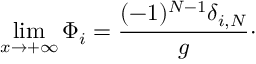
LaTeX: \operatorname * { l i m } _ { x \rightarrow + \infty } \Phi _ { i } = { \frac { ( - 1 ) ^ { N - 1 } \delta _ { i , N } } { g } } \cdotp